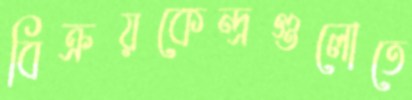
বিক্রয়কেন্দ্রগুলোতে